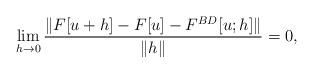
LaTeX: \begin{align*}\lim_{h\to 0} \frac{\|F[u+h] - F[u] - F^{BD}[u;h]\|}{\|h\|} = 0 ,\end{align*}